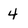
Character: 4